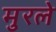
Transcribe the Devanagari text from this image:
मुरले